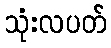
သုံးလပတ်